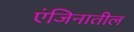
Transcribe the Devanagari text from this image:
एंजिनातील